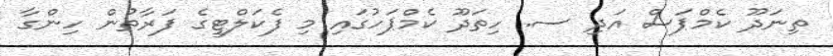
ތިނަދޫ ކެމްޕަސް އަދި ސ. ހިތަދޫ ކެމްޕަހުގައި މި ފެކަލްޓީގެ ފަރާތުން ހިންގާ